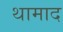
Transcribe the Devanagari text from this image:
थामाद